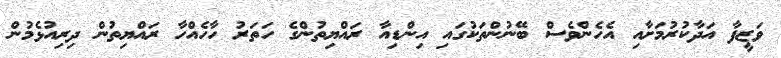
ވަޒީފާ އަދާކުރުމަށާއި އެހެންވެސް ބޭނުންތަކުގައި އިންޑިއާ ރައްޔިތުންގެ ހަތަރު ހާހެއްހާ ރައްޔިތުން ދިރިއުޅެމުން